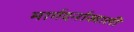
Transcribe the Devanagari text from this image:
मार्गदर्नाखाली